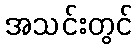
အသင်းတွင်